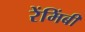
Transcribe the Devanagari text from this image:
रेंमिंबी